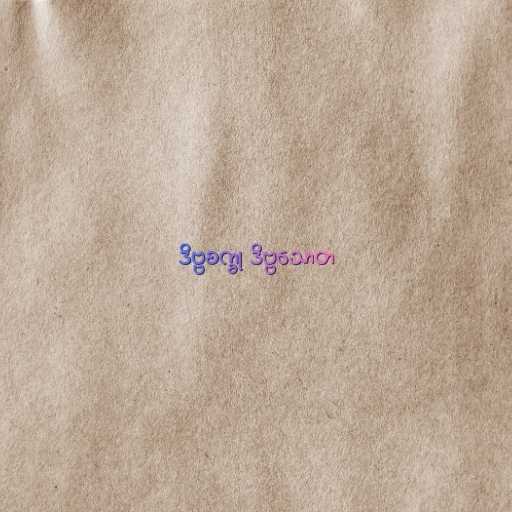
ဒိဗ္ဗစက္ခု ဒိဗ္ဗသောတ